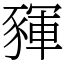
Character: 䝍